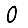
Digit: 0